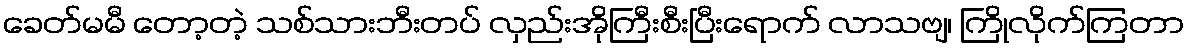
ခေတ်မမီ တော့တဲ့ သစ်သားဘီးတပ် လှည်းအိုကြီးစီးပြီးရောက် လာသဗျ၊ ကြိုလိုက်ကြတာ